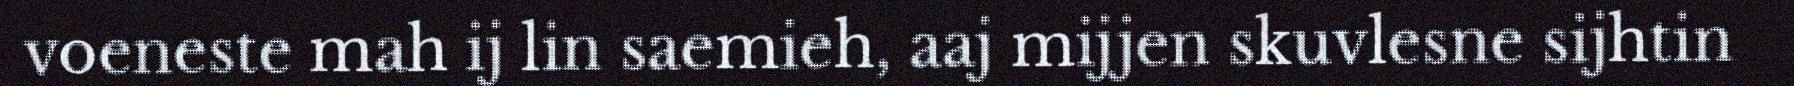
voeneste mah ij lin saemieh, aaj mijjen skuvlesne sijhtin